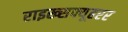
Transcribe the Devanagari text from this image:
राइख्सफ्यूहरर